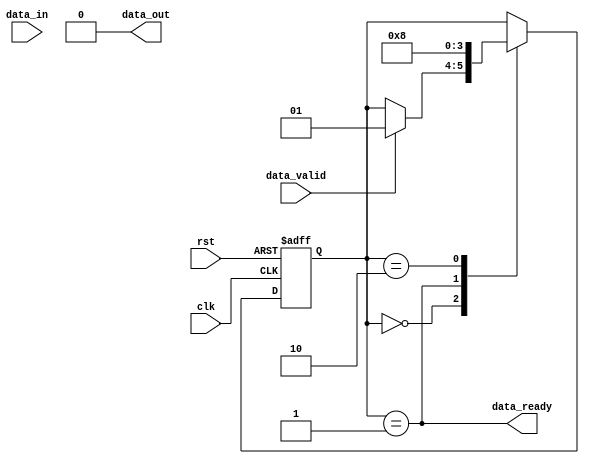
module TimingControlAndSynchronization (
    input wire clk,
    input wire rst,
    input wire data_in,
    input wire data_valid,
    output wire data_out,
    output wire data_ready
);

// Control Unit
reg [1:0] state;
parameter IDLE = 2'b00;
parameter WAIT = 2'b01;
parameter TRANSFER = 2'b10;

always @ (posedge clk or posedge rst)
begin
    if (rst)
        state <= IDLE;
    else
    begin
        case (state)
            IDLE: begin
                if (data_valid)
                    state <= WAIT;
            end
            WAIT: begin
                if (data_ready)
                    state <= TRANSFER;
            end
            TRANSFER: begin
                state <= IDLE;
            end
        endcase
    end
end

// Synchronization Unit
always @ (posedge clk)
begin
    if (state == TRANSFER)
        data_out <= data_in;
end

assign data_ready = (state == WAIT);
assign data_out = 1'b0;

endmodule